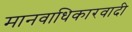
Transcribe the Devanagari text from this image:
मानवाधिकारवादी